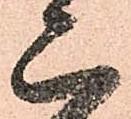
亦